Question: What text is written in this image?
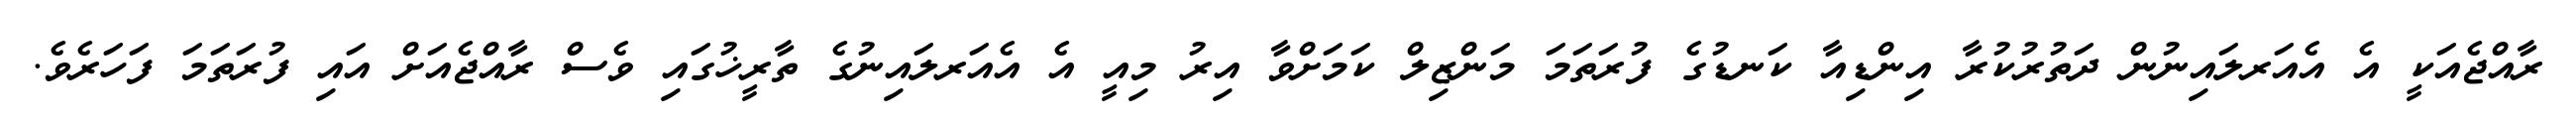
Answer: ރާއްޖެއަކީ އެ އެއަރލައިނުން ދަތުރުކުރާ އިންޑިއާ ކަނޑުގެ ފުރަތަމަ މަންޒިލް ކަމަށްވާ އިރު މިއީ އެ އެއަރލައިނުގެ ތާރީޚުގައި ވެސް ރާއްޖެއަށް އައި ފުރަތަމަ ފަހަރެވެ.